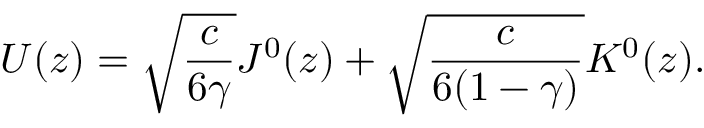
U ( z ) = \sqrt { \frac { c } { 6 \gamma } } J ^ { 0 } ( z ) + \sqrt { \frac { c } { 6 ( 1 - \gamma ) } } K ^ { 0 } ( z ) .